Indian journal of veterinary science and animal husbandry - Volume 4,
Year: 1934
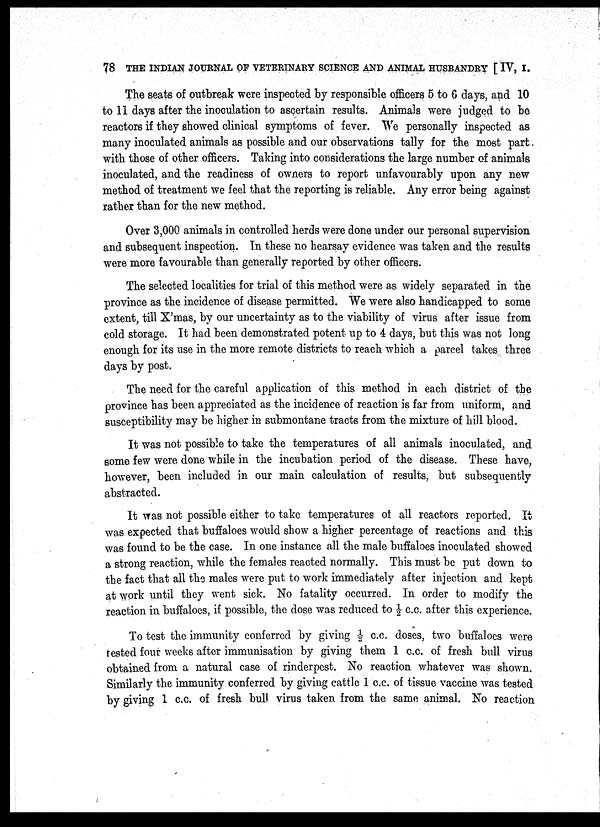
78 THE INDIAN JOURNAL OF VETERINARY SCIENCE AND ANIMAL HUSBANDRY [IV, I.
The seats of outbreak were inspected by responsible officers 5 to 6 days, and 10
to 11 days after the inoculation to ascertain results. Animals were judged to be
reactors if they showed clinical symptoms of fever. We personally inspected as
many inoculated animals as possible and our observations tally for the most part
with those of other officers. Taking into considerations the large number of animals
inoculated, and the readiness of owners to report unfavourably upon any new
method of treatment we feel that the reporting is reliable. Any error being against
rather than for the new method.
Over 3,000 animals in controlled herds were done under our personal supervision
and subsequent inspection. In these no hearsay evidence was taken and the results
were more favourable than generally reported by other officers.
The selected localities for trial of this method were as widely separated in the
province as the incidence of disease permitted. We were also handicapped to some
extent, till X'mas, by our uncertainty as to the viability of virus after issue from
cold storage. It had been demonstrated potent up to 4 days, but this was not long
enough for its use in the more remote districts to reach which a parcel takes three
days by post.
The need for the careful application of this method in each district of the
province has been appreciated as the incidence of reaction is far from uniform, and
susceptibility may be higher in submontane tracts from the mixture of hill blood.
It was not possible to take the temperatures of all animals inoculated, and
some few were done while in the incubation period of the disease. These have,
however, been included in our main calculation of results, but subsequently
abstracted.
It was not possible either to take temperatures of all reactors reported. It
was expected that buffaloes would show a higher percentage of reactions and this
was found to be the case. In one instance all the male buffaloes inoculated showed
a strong reaction, while the females reacted normally. This must be put down to
the fact that all the males were put to work immediately after injection and kept
at work until they went sick. No fatality occurred. In order to modify the
reaction in buffaloes, if possible, the dose was reduced to ½ c.c. after this experience.
To test the immunity conferred by giving ½ c.c. doses, two buffaloes were
tested four weeks after immunisation by giving them 1 c.c. of fresh bull virus
obtained from a natural case of rinderpest. No reaction whatever was shown.
Similarly the immunity conferred by giving cattle 1 c.c. of tissue vaccine was tested
by giving 1 c.c. of fresh bull virus taken from the same animal. No reaction